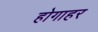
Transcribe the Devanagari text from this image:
होगाहर